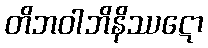
တိဘဝါဘိနိဿဋော